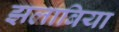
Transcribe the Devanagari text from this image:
झलाबिया